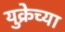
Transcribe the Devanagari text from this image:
युक्रेच्या